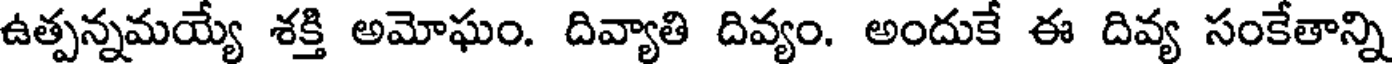
ఉత్పన్నమయ్యే శక్తి అమోఘం. దివ్యాతి దివ్యం. అందుకే ఈ దివ్య సంకేతాన్ని